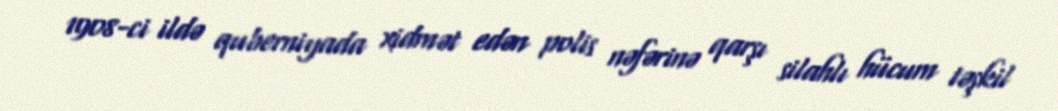
1908-ci ildə quberniyada xidmət edən polis nəfərinə qarşı silahlı hücum təşkil